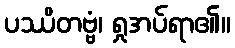
ပဿိတဗ္ဗံ၊ ရှုအပ်ရာ၏။